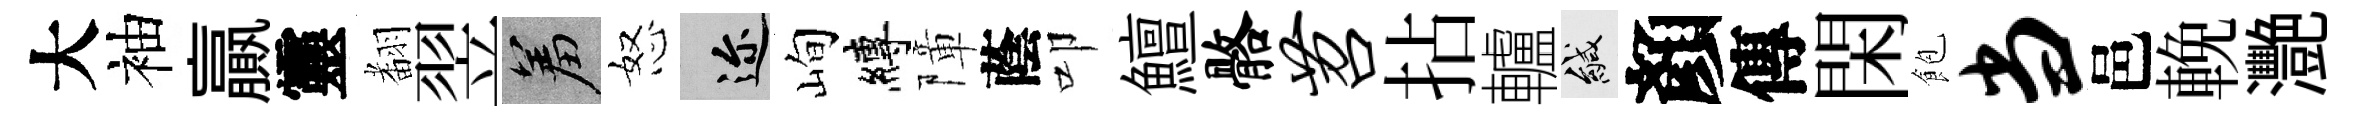
大袖贏靈𮋒翌羞怒邇峋縛障蔭叩鱣髂苕拈轤緘顏傳閑飽当邑輓灧